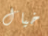
خيال